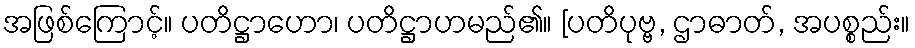
အဖြစ်ကြောင့်။ ပတိဋ္ဌာဟော၊ ပတိဋ္ဌာဟမည်၏။ [ပတိပုဗ္ဗ, ဌာဓာတ်, အပစ္စည်း။